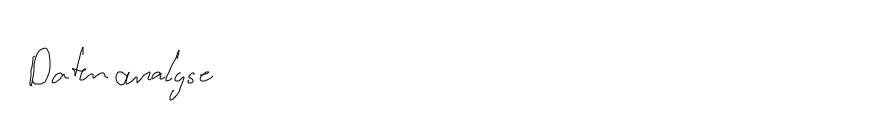
Datenanalyse